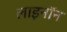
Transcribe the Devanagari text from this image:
लाइनॉन